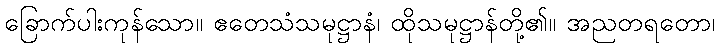
ခြောက်ပါးကုန်သော။ ဧတေသံသမုဋ္ဌာနံ၊ ထိုသမုဋ္ဌာန်တို့၏။ အညတရတော၊